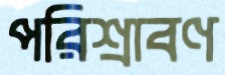
পরিশ্রাবণ